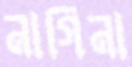
নাগিনা